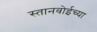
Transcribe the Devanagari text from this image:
स्तानवोईच्या